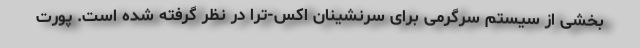
بخشی از سیستم سرگرمی برای سرنشینان اکس-ترا در نظر گرفته شده است. پورت